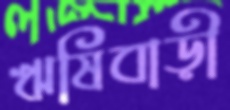
ঋষিবাড়ী